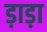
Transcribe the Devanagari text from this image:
ड़ाड़ा